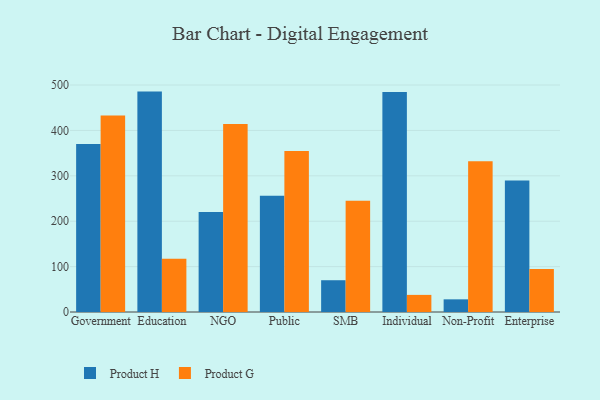
{"axis": {"x": "Segment", "y": "Customer Acquisition Cost (USD)"}, "legend": ["Product G", "Product H"], "data": [{"x": "Government", "y": 370.4, "type": "Product H"}, {"x": "Government", "y": 432.9, "type": "Product G"}, {"x": "Education", "y": 485.6, "type": "Product H"}, {"x": "Education", "y": 117.1, "type": "Product G"}, {"x": "NGO", "y": 220.6, "type": "Product H"}, {"x": "NGO", "y": 414.4, "type": "Product G"}, {"x": "Public", "y": 256.4, "type": "Product H"}, {"x": "Public", "y": 354.6, "type": "Product G"}, {"x": "SMB", "y": 70.0, "type": "Product H"}, {"x": "SMB", "y": 245.2, "type": "Product G"}, {"x": "Individual", "y": 484.6, "type": "Product H"}, {"x": "Individual", "y": 37.7, "type": "Product G"}, {"x": "Non-Profit", "y": 27.9, "type": "Product H"}, {"x": "Non-Profit", "y": 332.3, "type": "Product G"}, {"x": "Enterprise", "y": 289.8, "type": "Product H"}, {"x": "Enterprise", "y": 94.5, "type": "Product G"}]}